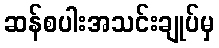
ဆန်စပါးအသင်းချုပ်မှ